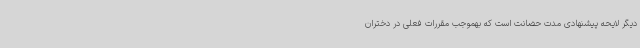
دیگر لایحه پیشنهادی مدت حضانت است که بهموجب مقررات فعلی در دختران